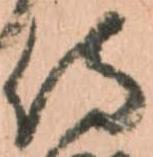
侍